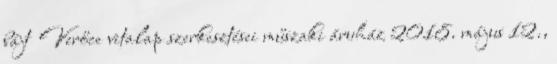
bájt ‎Verőce vitalap szerkesztései műszaki áruház 2018. május 12.,